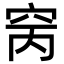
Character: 窉